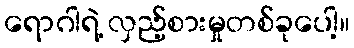
ရောဂါရဲ့ လှည့်စားမှုတစ်ခုပေါ့။